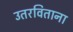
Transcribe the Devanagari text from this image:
उतरविताना